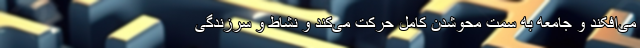
می‌افکند و جامعه به سمت محو‌شدن کامل حرکت می‌کند و نشاط و سرزندگی